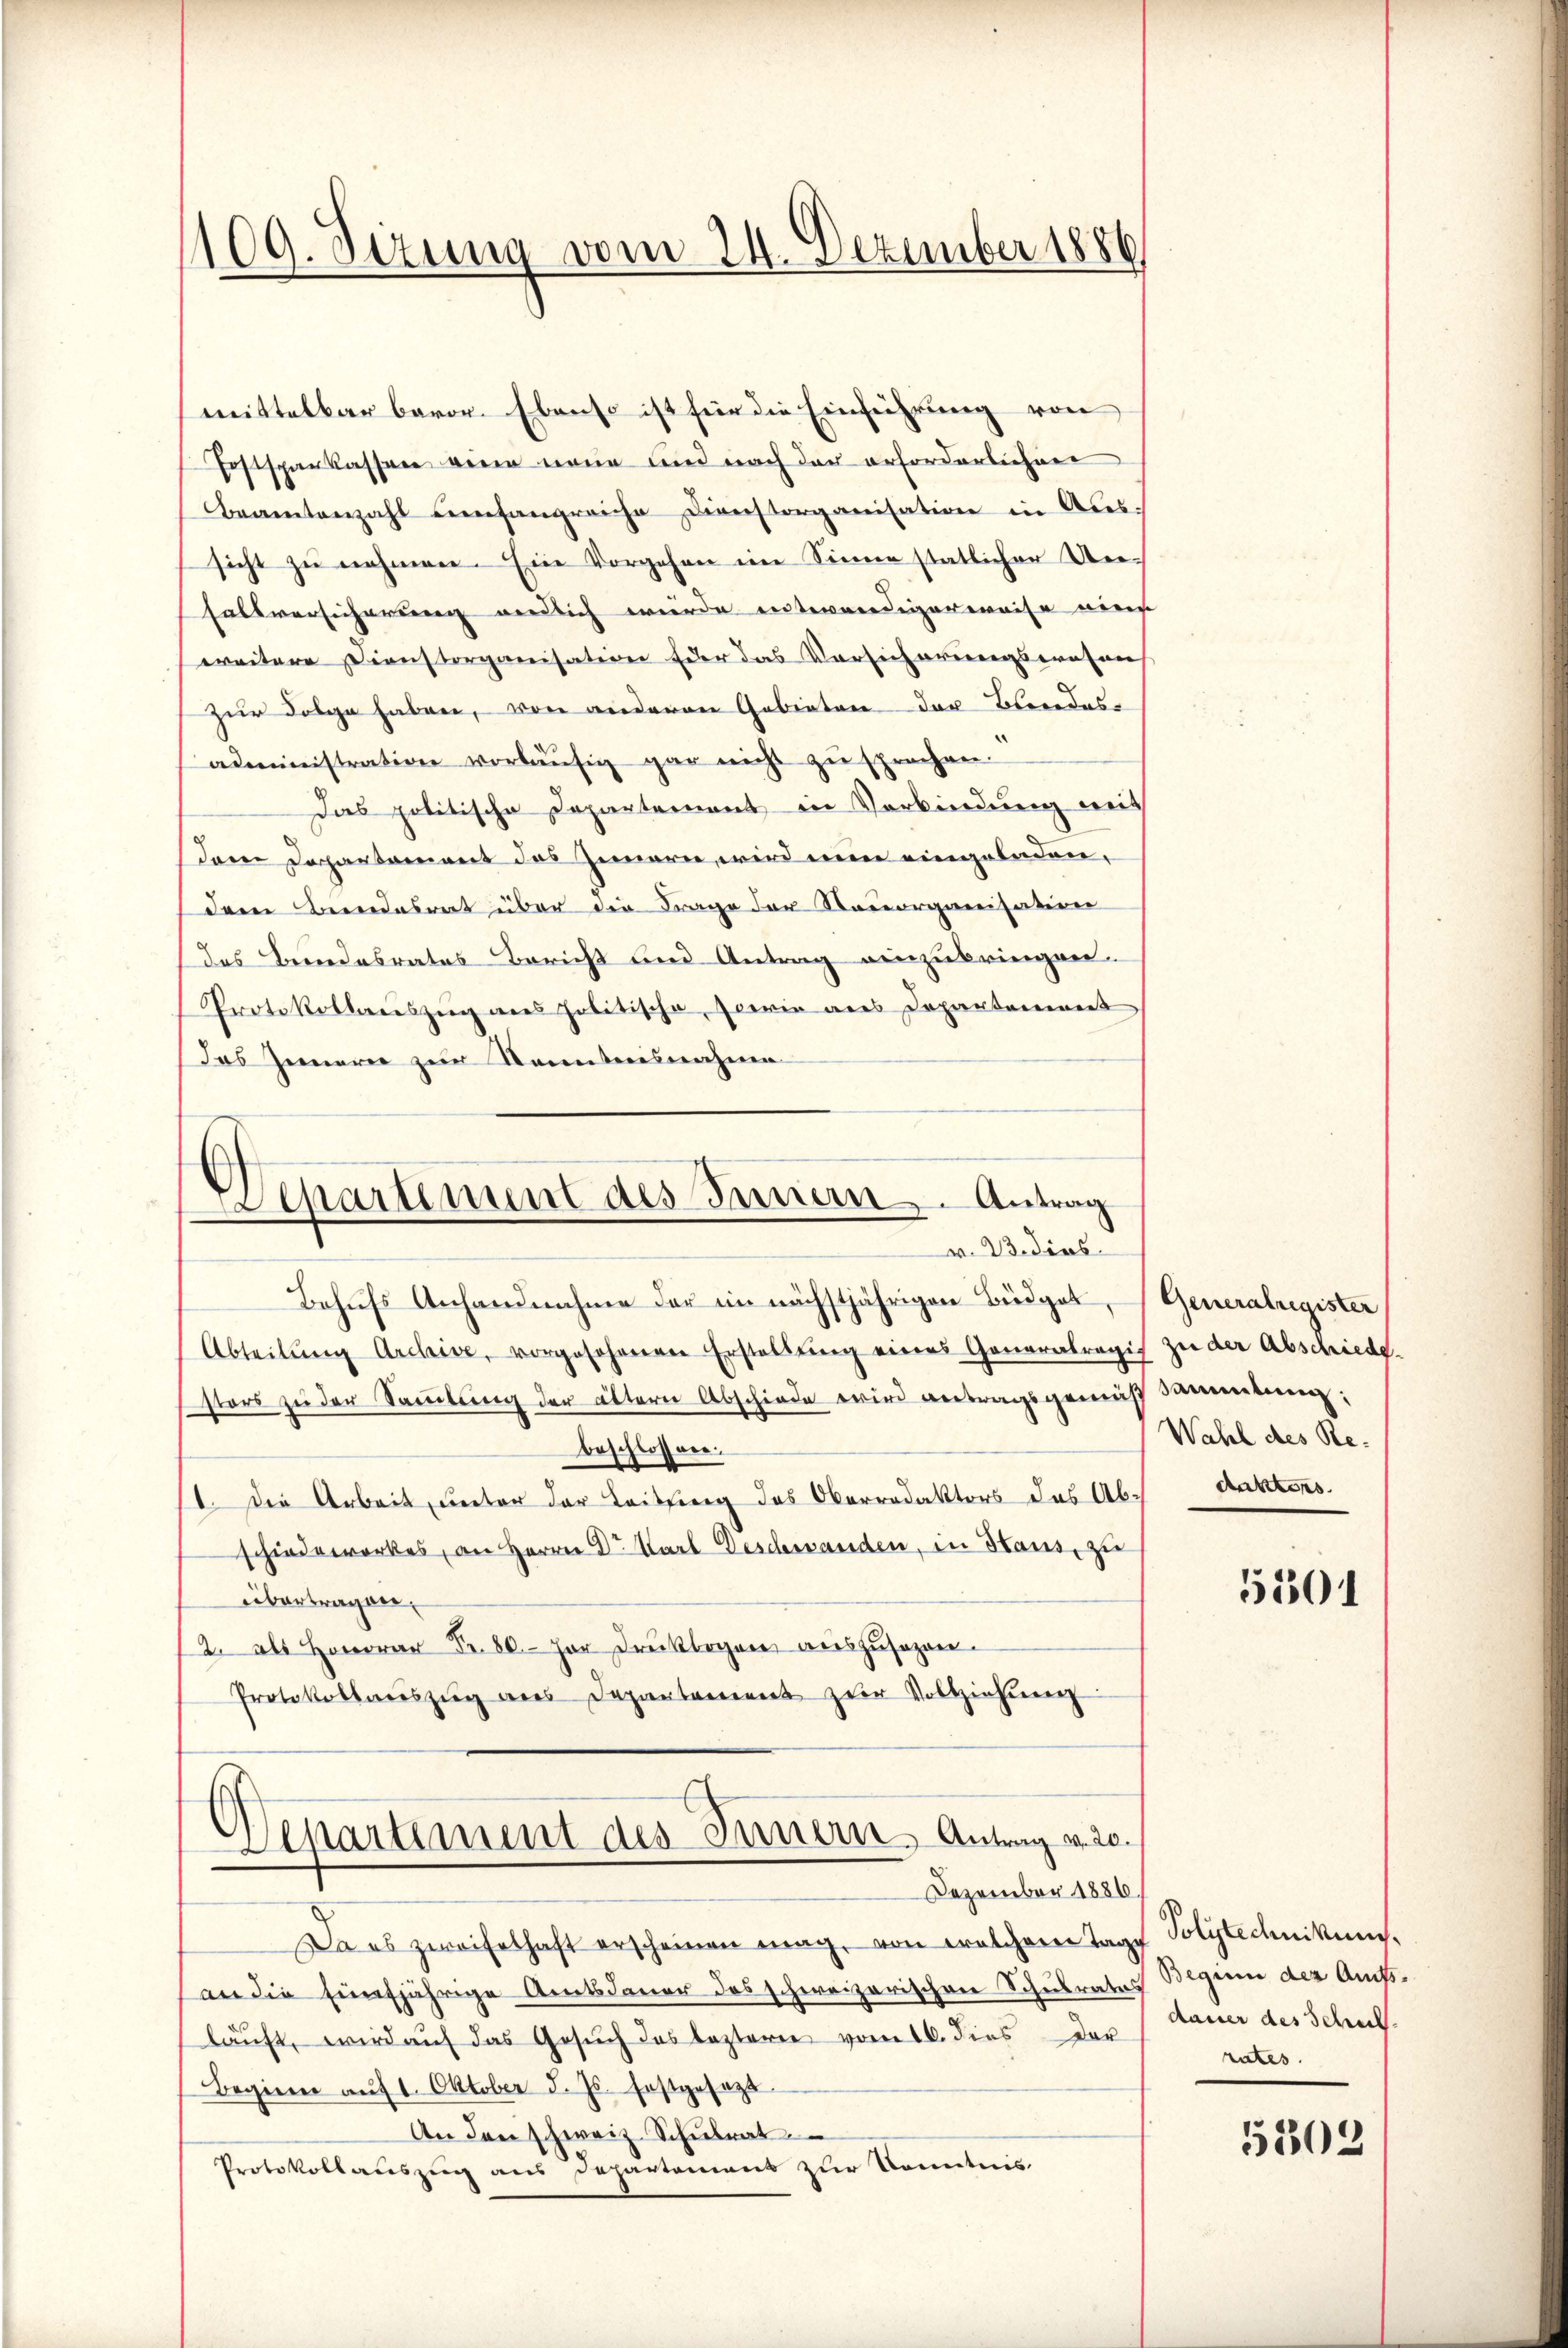
109. Sezung vom 24. Dezember 1886

mittelbar bevor. Ebenso ist für die Einführung von
Fostsparkassen eine neue und nach der erforderlichen
Beamtenzahl umfangreiche Dienstorganisation in Aussicht zu nehmen. Ein Vorgehen ein Sinne statlicher Un¬
Falsversicherung endlich wurde entwendigerweise eine
weitere Dienstorganisation Eder das Vorsicherungswesens
zur Folge haben, von anderen Gebieten der Brandes-
administration vorläŭfig gar nicht zŭ sprechen.
Das politische Departement in Verbindung mit
Dem Departement des Innern, wird nun eingeladen,
dem Beendesrat über die Frage der Nadeorganisation
des Bundesrates Bericht und Antrag einzubringen.
Protokollauszug aus politische, sowie aus Departanereit
Das Innerer zur Kenntnisnahme
Separtement des Innern Antrag

v. B. dies

Behufs Anhandnahme der im nächstjährigen Büdget,
Abteilŭng Archive, vorgesehenen Erstellŭng eines Generalregis zu der Abschiede
stors zu der Sammlung der ältern Abschiede wird antragsgemäß sammlung;
beschlossen:
11. Die Arbeit, unter der Leitling des Oberredaktors das Abdaktors.
schiedewerkes, an Herrn Dr. Karl Deschwanden, in Haus, zu
übertragen.
2. als Honorar Fr. 80. Hor Druckbogen auszusagen.
Protokollaŭszŭg ans Departement zŭr Vollziehung

d
Separtement des Innern, Antrag v. 20.
Dezember 1886.

Da es zweifelhaft erscheinen mag, von welcheren Tage Polytechnikum.
an die fünfjährige Amtsdauer des schweizerischen Schulrates
läuft, wird auf das Gesŭch das lezteren vom 16. dies der
Beginne aŭf 1. Oktober d. Js. festgesagt
An den schweiz. Schŭlrat
Protokollauszug aus Departemens zur Kenntnis

Generalregister
Wahl des Re¬

5101

Beginn der Amtsdauer des Schul
rates.

5202